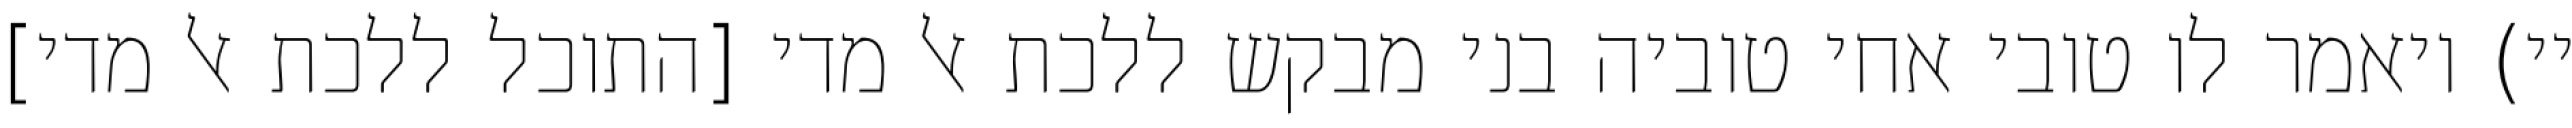
יי) ויאמר לו טובי אחי טוביה בני מבקש ללכת אל מדי [התוכל ללכת אל מדי]